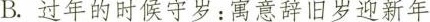
B.过年的时候守岁：寓意辞旧岁迎新年